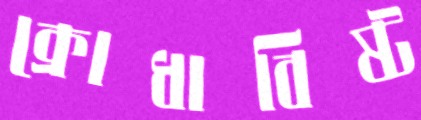
ক্রোধাবিষ্ট